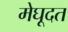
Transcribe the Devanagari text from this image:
मेघूदत